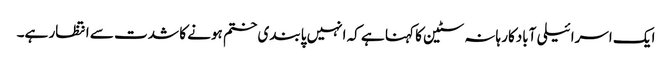
ایک اسرائیلی آبادکار ہانہ سٹین کا کہنا ہے کہ انہیں پابندی ختم ہونے کا شدت سے انتظار ہے۔